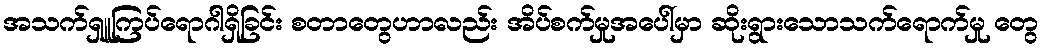
အသက်ရှူကြပ်ရောဂါရှိခြင်း စတာတွေဟာလည်း အိပ်စက်မှုအပေါ်မှာ ဆိုးရွားသောသက်ရောက်မှု တွေ